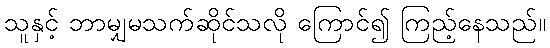
သူနှင့် ဘာမျှမသက်ဆိုင်သလို ကြောင်၍ ကြည့်နေသည်။